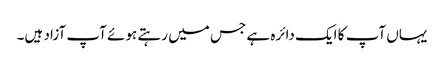
یہاں آپ کا ایک دائرہ ہے جس میں رہتے ہوئے آپ آزاد ہیں۔